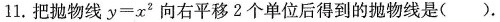
11. 把抛物线 $$y = x ^ { 2 }$$ 向右平移2个单位后得到的抛物线是().